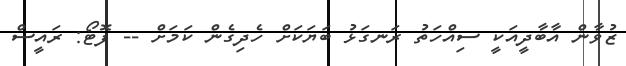
ޒުވާން އާބާދީއަކީ ސިއްހަތު ރަނގަޅު ބަޔަކަށް ހެދިގެން ކަމަށް -- ފޮޓޯ: ރައީސް